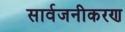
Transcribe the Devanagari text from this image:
सार्वजनीकरण